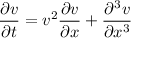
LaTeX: { \frac { \partial v } { \partial t } } = v ^ { 2 } { \frac { \partial v } { \partial x } } + { \frac { \partial ^ { 3 } v } { \partial x ^ { 3 } } }